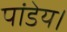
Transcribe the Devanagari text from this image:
पांडेय।